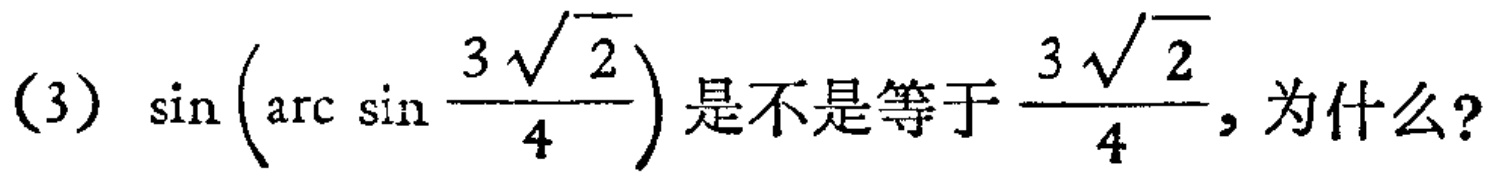
(3) $\sin \left(\arcsin \frac{3\sqrt{2}}{4}\right)$ 是不是等于 $\frac{3\sqrt{2}}{4}$, 为什么?